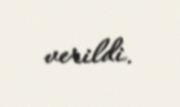
verildi.